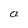
Character: a